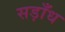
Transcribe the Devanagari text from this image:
सड़ाँध